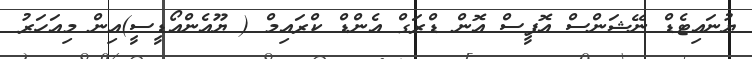
ޔުނައިޓެޑް ނޭޝަންސް އޮފީސް އޮން ޑްރަގް އެންޑް ކްރައިމް ( ޔޫއެންއޯޑީސީ)އިން މިއަހަރު